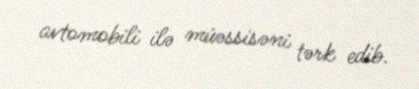
avtomobili ilə müəssisəni tərk edib.